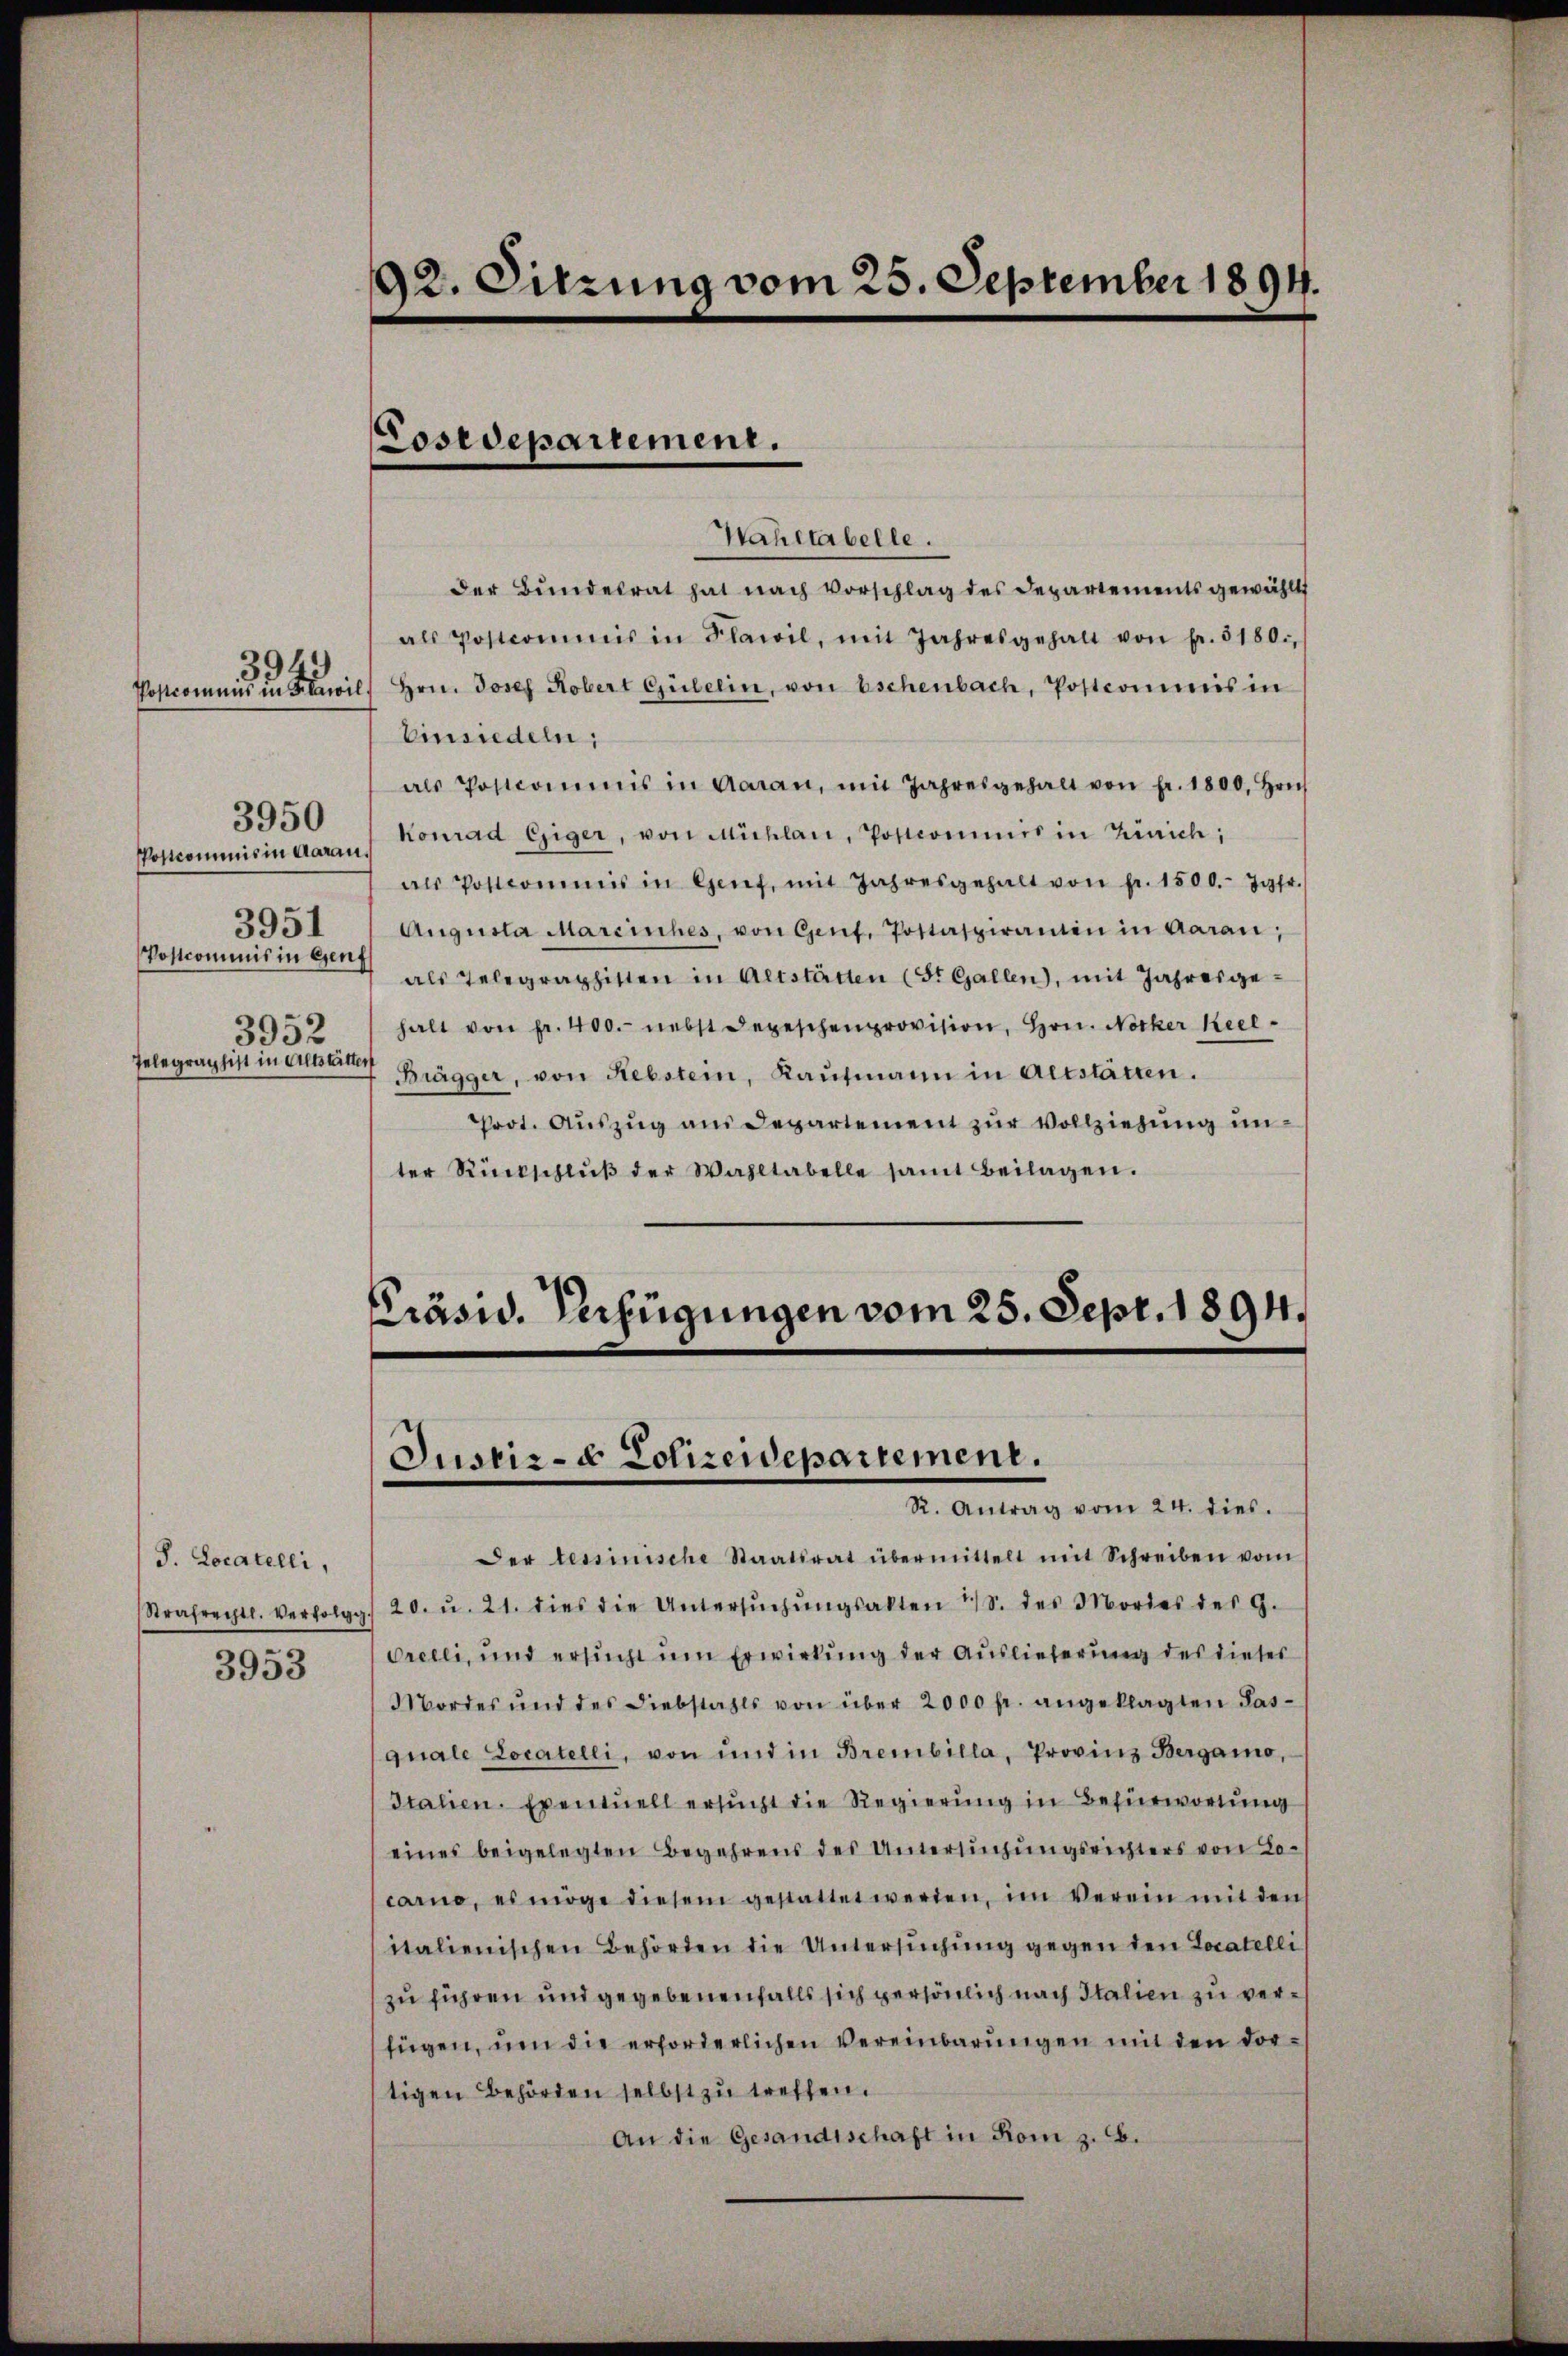
Postkommnis in Aarau
3951
Postcommis in Genf
3952
Telegraphist in Altstätten

3943

3950

S. Locatelli,
3953

92. Sitzung vom 25. September 1894.

Wahltabelle.
der Bundesrat hat nach Vorschlag des Departements gewählt
als Postcommis in Flawil, mit Jahresgehalt von fr. 5180.
Postcommis in Flawil, Hrn. Josef Robert Gulelin, von Eschenbach, Postcommis in
Einsiedeln,
als Postcommis in Garan, mit Jahresgehalt von fr. 1800. Hrn.
Konrad Giger, von Michlan, Postcommis in Zürich,
als Postcommis in Genf, mit Jahresgehalt von fr. 1500.- Jgfr.
Augusta Mareinhes, von Genf, Postaspirantin in Aarau,
als Telegraphisten in Altstätten (St. Gallen), mit Jahresge-
halt von Fr. 400. nebst Depeschenprovision, Hrn. Nocker Keel¬
Brägger, von Rebstein, Kaŭfmann in Altstätten.
Prot. Auszug am Departement zur Vollziehung unter Rückschlŭβ der Wahltabelle samt Beilagen.

Costdepartement.

Präsid. Verfügungen vom 25. Sept. 1894.
Justiz- & Polizeidepartement.
R. Antrag vom 24. dies.

Der tessinische Staatsrat übermittelt mit Schreiben vom
Strafrechtl. Verfolgg. 20. u. 21. dies die Untersŭchŭngsakten 13. des Mordes des 9.
Orelli, und ersucht um Erwirkung der Auslieferung des dieser
Mordes und des Diebstahls von über 2000 fr. angeklagten Pas¬
(quale Locatelli, von und in Brembilla, Provinz Bergamo,
Italien. Eventuell ersucht die Regierung in Befürwortung
eines beigelegten Begehrens des Untersŭchŭngsrichters von Locarno, es möge diesem gestattet werden, im Verein mit den
italienischen Behörden die Untersuchung gegen den Locatelli
zu führen und gegebenenfalls sich persönlich nach Italien zu verfügen, um die erforderlichen Vereinbarungen mit den dortigen Behörden selbst zu treffen.
An die Gesandtschaft in Rom z. B.